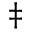
^ { \ddag }